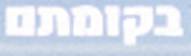
בקומתם